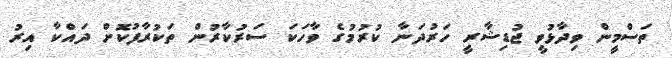
ތަސްމީން ވިދާޅުވީ ޖުޑިޝާރީ ހަރުދަނާ ކުރުމުގެ ވާހަކަ ސަރުކާރުން ތަކުރާފުކޮށް ދައްކާ އިރު